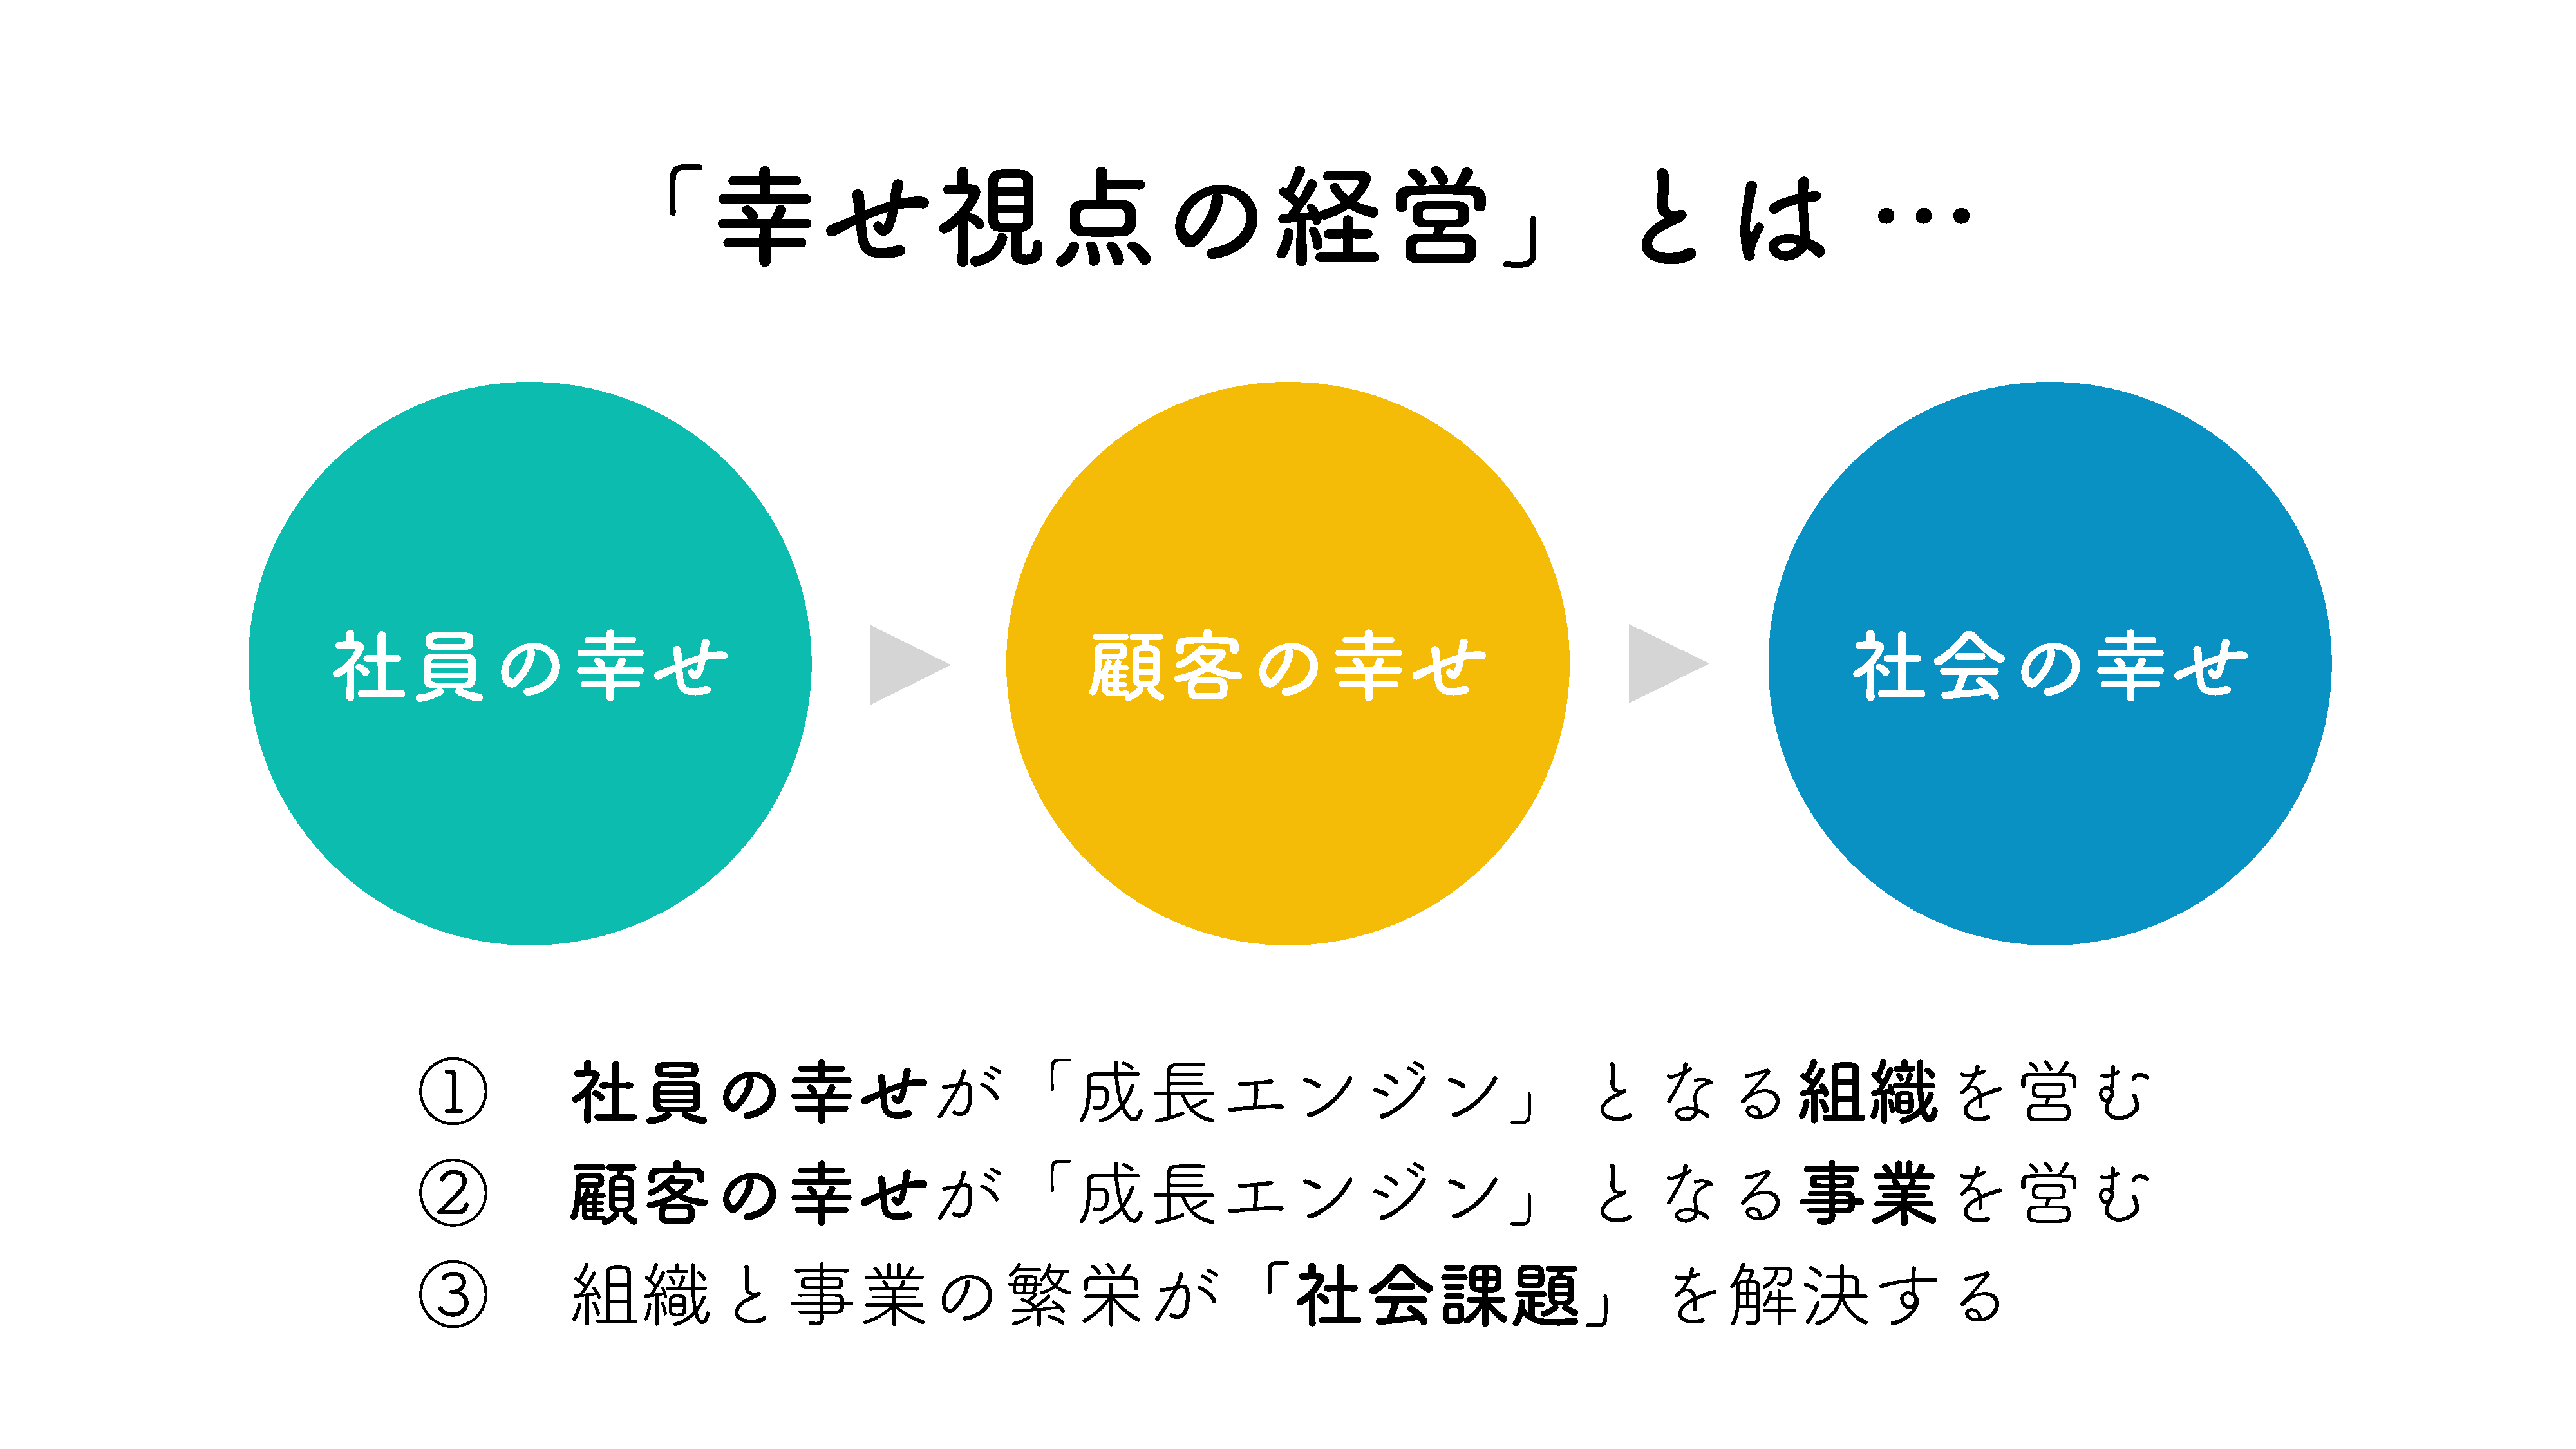
「幸せ視点の経営」とは                                                                                                                        …
 社員の幸せ                                                                         顧客の幸せ                                                                         社会の幸せ
 ①              社員の幸せが「成長エンジン」となる組織を営む
 ②              顧客の幸せが「成長エンジン」となる事業を営む
 ③              組織と事業の繁栄が「社会課題」を解決する